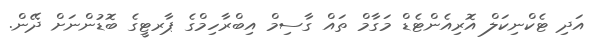
އަދި ޓެކްނިކަލް އޮރިއެންޓެޑް މަގާމް ތައް ގާސިމް އިބްރާހިމްގެ ޕާރޓީގެ ބޮޑުންނަށް ދޭން.